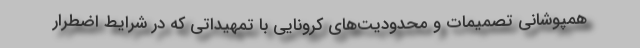
همپوشانی تصمیمات و محدودیت‌های کرونایی با تمهیداتی که در شرایط اضطرار